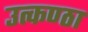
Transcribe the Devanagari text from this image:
उत्‍कण्‍ठा